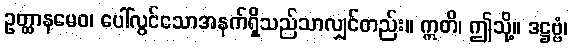
ဥတ္ထာနမေဝ၊ ပေါ်လွင်သောအနက်ရှိသည်သာလျှင်တည်း။ ဣတိ၊ ဤသို့။ ဒဋ္ဌဗ္ဗံ၊